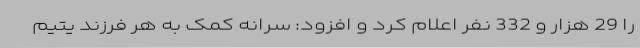
را 29 هزار و 332 نفر اعلام کرد و افزود: سرانه کمک به هر فرزند یتیم